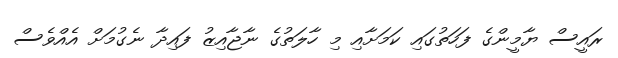
ރައީސް ޔާމީންގެ ފަހަތުގައި ކަމަށާއި މި ހާލަތުގެ ނާޖާއިޒު ފައިދާ ނެގުމަށް އެއްވެސް